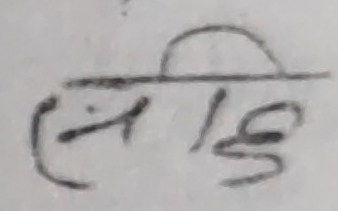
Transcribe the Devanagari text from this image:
संहि